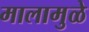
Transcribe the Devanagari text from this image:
मालामुळे